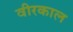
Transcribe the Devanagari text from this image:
वीरकाल